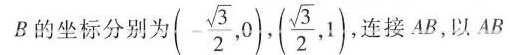
B的坐标分别为(- \frac{\sqrt{3}}{2},0),(\frac{\sqrt{3}}{2},1)，连接AB，以AB